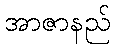
အာဇာနည်